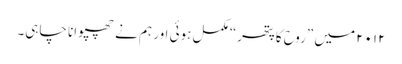
۲۰۱۲ میں ”روح کا پتھر“ مکمل ہوئی اور ہم نے چھپوانا چاہی۔